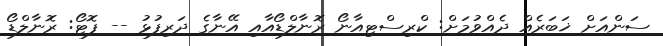
ސަންއަށް ޚަބަރެއް ދެއްވުމަށް: ކްރިސްޓިއާނޯ ރޮނާލްޑޯއާއި އޭނާގެ ދަރިފުޅު -- ފޮޓޯ: ރޮނާލްޑޯ